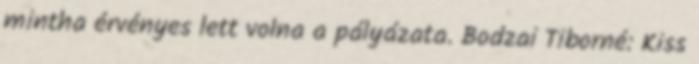
mintha érvényes lett volna a pályázata. Bodzai Tiborné: Kiss